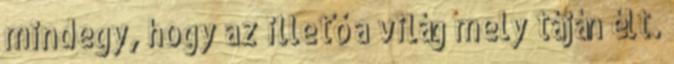
mindegy, hogy az illető a világ mely táján élt.